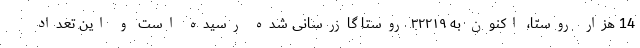
14 هزار روستا، اکنون به ۳۲۲۱۹ روستا گازرسانی شده رسیده است و این تعداد